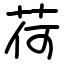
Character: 荷